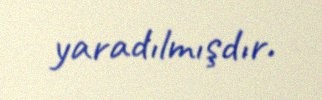
yaradılmışdır.